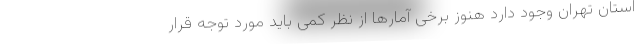
استان تهران وجود دارد هنوز برخی آمارها از نظر کمی باید مورد توجه قرار